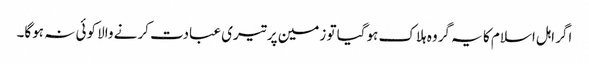
اگر اہل اسلام کا یہ گروہ ہلاک ہوگیا تو زمین پر تیری عبادت کرنے والا کوئی نہ ہوگا۔